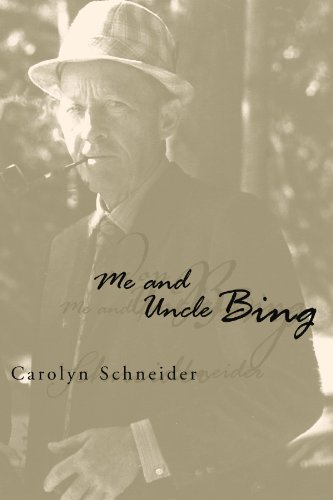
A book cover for Me and Uncle Bing; Carolyn Schneider; Parenting & Relationships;